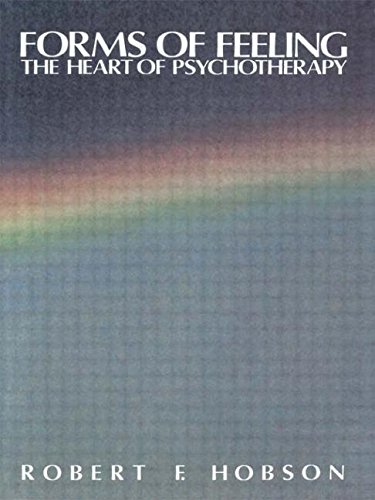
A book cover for Forms of Feeling: The Heart of Psychotherapy; Robert F. Hobson; Reference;